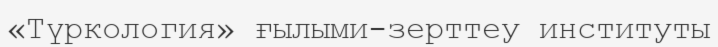
«Түркология» ғылыми-зерттеу институты